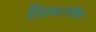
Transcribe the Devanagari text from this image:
हैंडकरचीफ